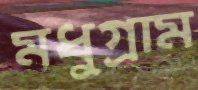
মধুগ্রাম